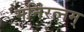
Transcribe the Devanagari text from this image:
मनिरत्नम्‌